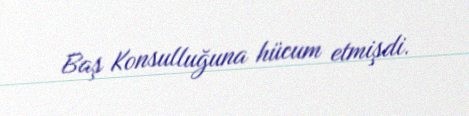
Baş Konsulluğuna hücum etmişdi.